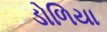
ડોળિયા